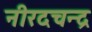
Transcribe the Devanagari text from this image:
नीरदचन्द्र